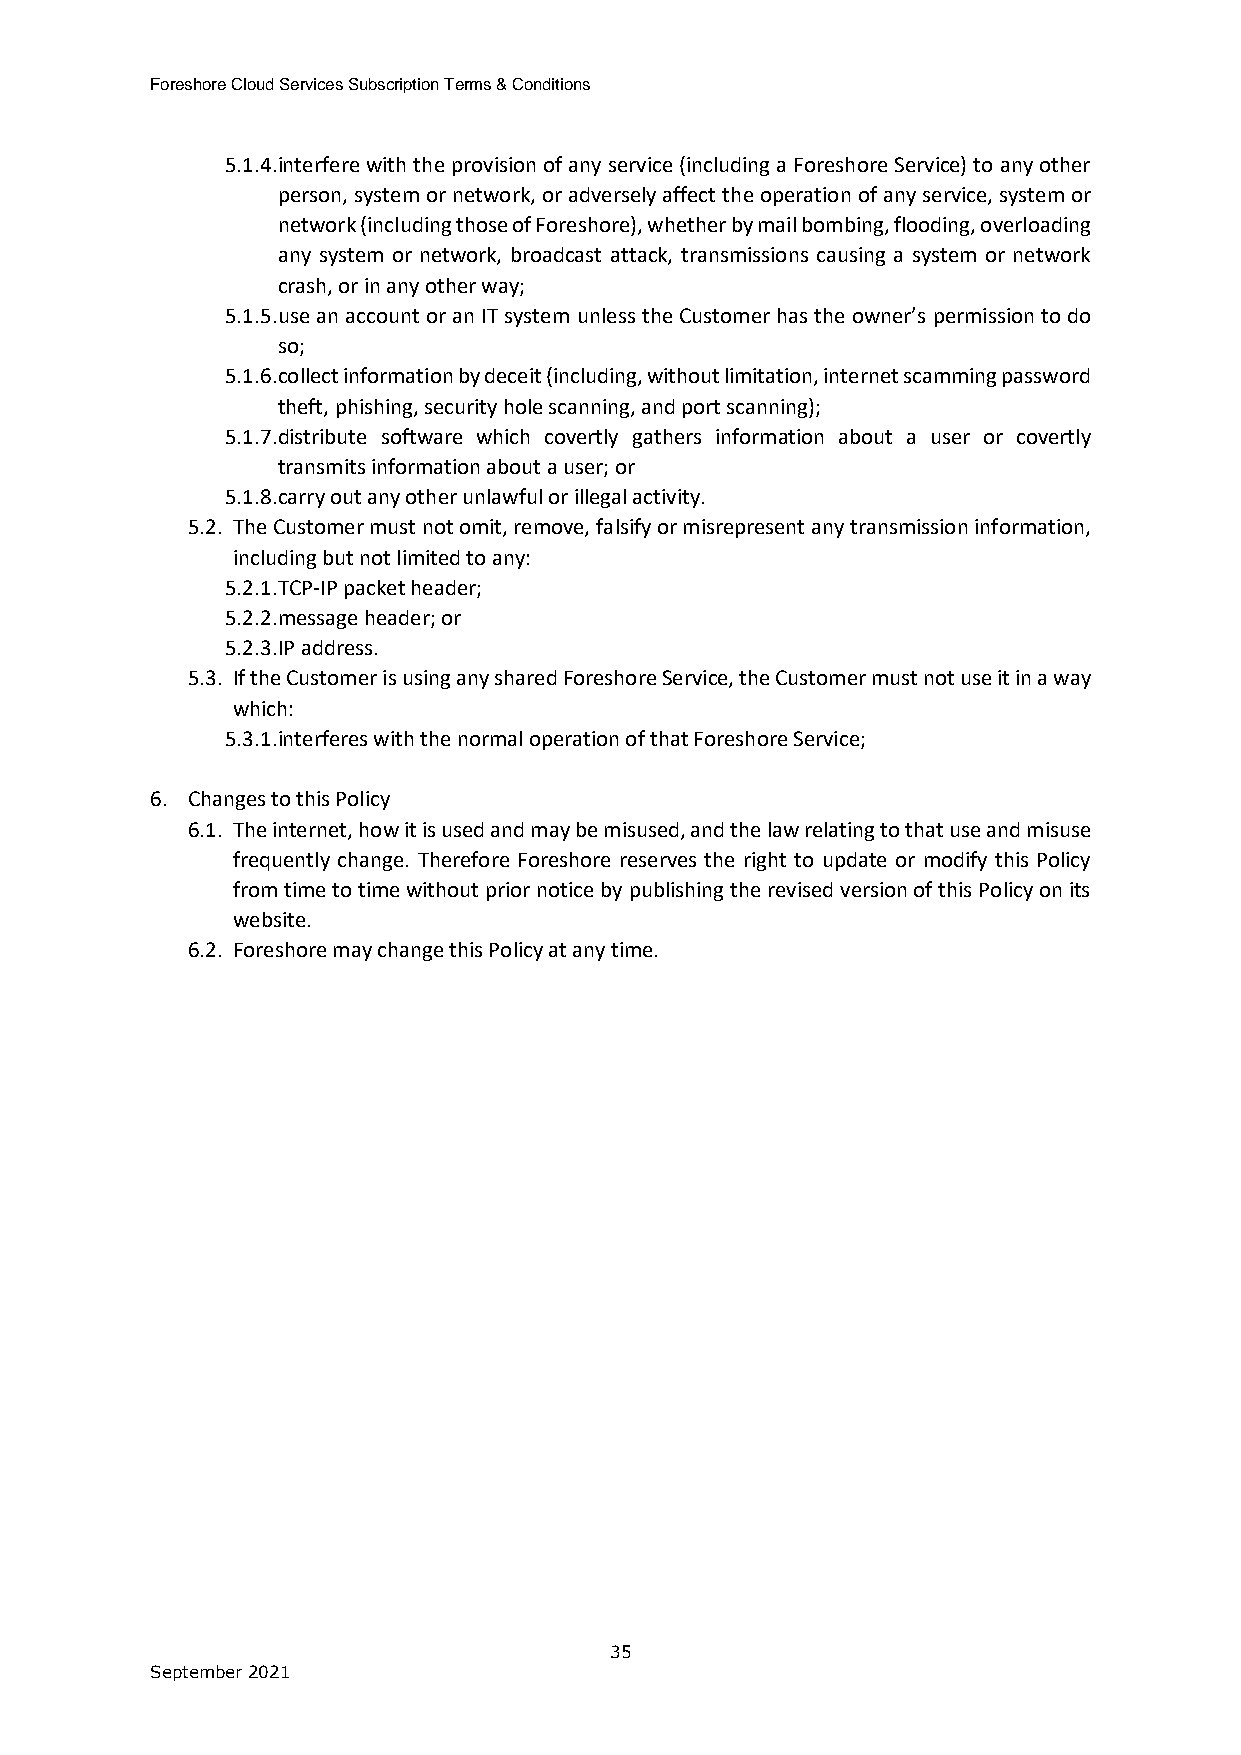
Foreshore Cloud Services Subscription Terms & Conditions
 5.1.4. interfere with the provision of any service (including a Foreshore Service) to any other
 person, system or network, or adversely affect the operation of any service, system or
 network (including those of Foreshore), whether by mail bombing, flooding, overloading
 any system or network, broadcast attack, transmissions causing a system or network
 crash, or in any other way;
 5.1.5. use an account or an IT system unless the Customer has the owner’s permission to do
 so;
 5.1.6. collect information by deceit (including, without limitation, internet scamming password
 theft, phishing, security hole scanning, and port scanning);
 5.1.7. distribute software which covertly gathers information about a user or covertly
 transmits information about a user; or
 5.1.8. carry out any other unlawful or illegal activity.
 5.2. The Customer must not omit, remove, falsify or misrepresent any transmission information,
 including but not limited to any:
 5.2.1. TCP-IP packet header;
 5.2.2. message header; or
 5.2.3. IP address.
 5.3. If the Customer is using any shared Foreshore Service, the Customer must not use it in a way
 which:
 5.3.1. interferes with the normal operation of that Foreshore Service;
 6. Changes to this Policy
 6.1. The internet, how it is used and may be misused, and the law relating to that use and misuse
 frequently change. Therefore Foreshore reserves the right to update or modify this Policy
 from time to time without prior notice by publishing the revised version of this Policy on its
 website.
 6.2. Foreshore may change this Policy at any time.
 35
 September 2021